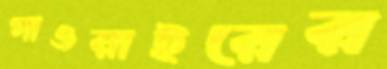
গাওয়াইরের